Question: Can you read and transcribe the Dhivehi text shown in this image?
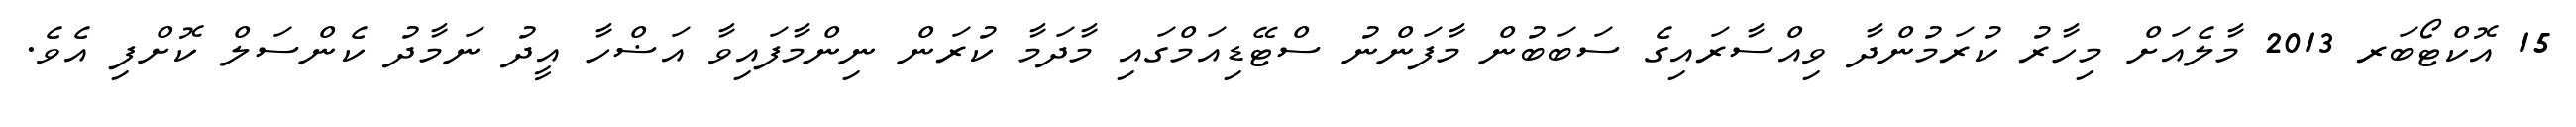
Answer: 15 އޮކްޓޯބަރ 2013 މާލެއަށް މިހާރު ކުރަމުންދާ ވިއްސާރައިގެ ސަބަބުން މާފަންނު ސްޓޭޑިއަމްގައި މާދަމާ ކުރަން ނިންމާފައިވާ އަޟްހާ އީދު ނަމާދު ކެންސަލް ކޮށްފި އެވެ.